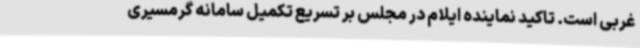
غربی است. تاکید نماینده ایلام در مجلس بر تسریع تکمیل سامانه گرمسیری